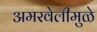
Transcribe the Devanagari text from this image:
अमरवेलीमुळे